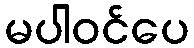
မပါဝင်ပေ